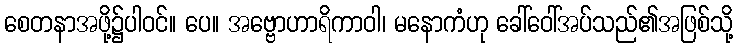
စေတနာအဖို့၌ပါဝင်။ ပေ။ အဗ္ဗောဟာရိကာဝါ၊ မနောကံဟု ခေါ်ဝေါ်အပ်သည်၏အဖြစ်သို့